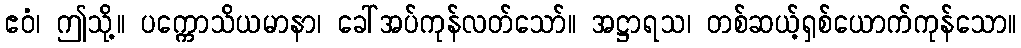
ဧဝံ၊ ဤသို့။ ပက္ကောသိယမာနာ၊ ခေါ်အပ်ကုန်လတ်သော်။ အဋ္ဌာရသ၊ တစ်ဆယ့်ရှစ်ယောက်ကုန်သော။